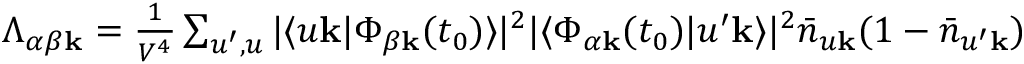
\begin{array} { r } { \Lambda _ { \alpha \beta \mathbf { k } } = \frac { 1 } { V ^ { 4 } } \sum _ { u ^ { \prime } , u } | \langle u \mathbf { k } | \Phi _ { \beta \mathbf { k } } ( t _ { 0 } ) \rangle | ^ { 2 } | \langle \Phi _ { \alpha \mathbf { k } } ( t _ { 0 } ) | u ^ { \prime } \mathbf { k } \rangle | ^ { 2 } \bar { n } _ { u \mathbf { k } } ( 1 - \bar { n } _ { u ^ { \prime } \mathbf { k } } ) } \end{array}